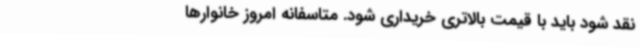
نقد شود باید با قیمت بالاتری خریداری شود. متاسفانه امروز خانوارها